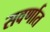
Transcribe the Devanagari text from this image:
सवर्णात